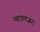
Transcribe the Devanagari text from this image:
ग्वाडलजरा